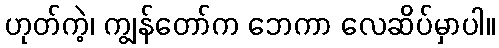
ဟုတ်ကဲ့၊ ကျွန်တော်က ဘေကာ လေဆိပ်မှာပါ။